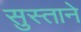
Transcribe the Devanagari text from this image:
सुस्ताने